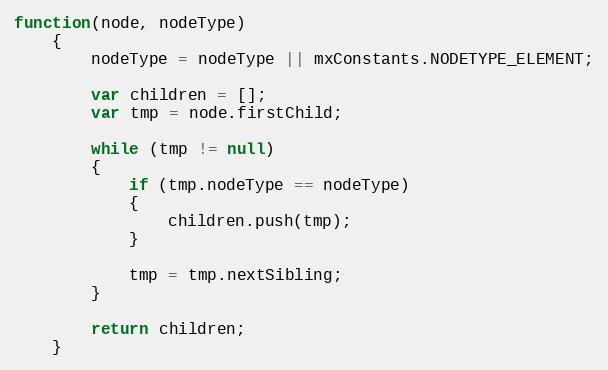
Language: JavaScript
function(node, nodeType)
	{
		nodeType = nodeType || mxConstants.NODETYPE_ELEMENT;

		var children = [];
		var tmp = node.firstChild;

		while (tmp != null)
		{
			if (tmp.nodeType == nodeType)
			{
				children.push(tmp);
			}

			tmp = tmp.nextSibling;
		}

		return children;
	}